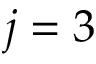
j = 3